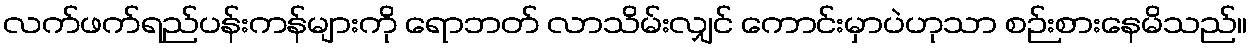
လက်ဖက်ရည်ပန်းကန်များကို ရောဘတ် လာသိမ်းလျှင် ကောင်းမှာပဲဟုသာ စဉ်းစားနေမိသည်။